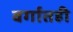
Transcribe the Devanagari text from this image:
वर्गातही